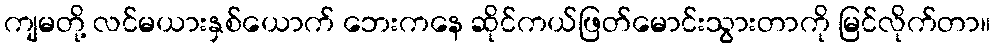
ကျမတို့ လင်မယားနှစ်ယောက် ဘေးကနေ ဆိုင်ကယ်ဖြတ်မောင်းသွားတာကို မြင်လိုက်တာ။